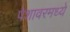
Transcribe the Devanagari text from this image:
पेशावरमध्ये